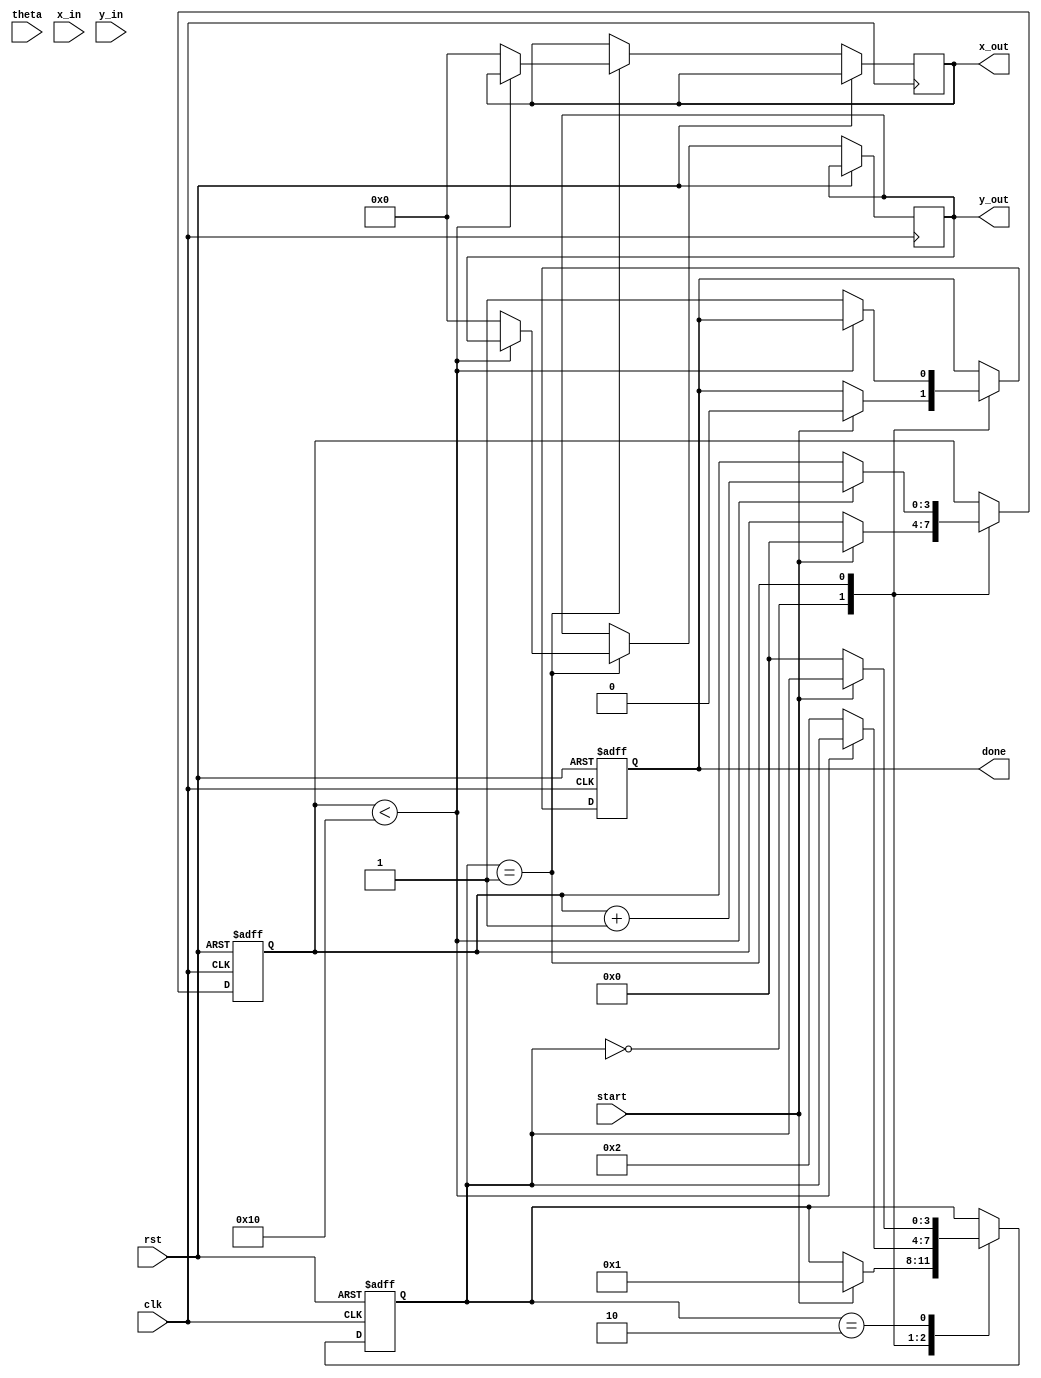
module cordic (
    input wire clk,
    input wire rst,
    input wire start,
    input wire [15:0] theta, // Input angle in fixed-point representation
    input wire [15:0] x_in,   // Input x coordinate
    input wire [15:0] y_in,   // Input y coordinate
    output reg [15:0] x_out,  // Output x coordinate
    output reg [15:0] y_out,  // Output y coordinate
    output reg done           // Completion signal
);

    // Parameters
    parameter N = 16; // Number of iterations
    parameter K = 16'h26DD; // Scaling factor (approx 0.607)

    // Lookup table for atan(2^(-i))
    reg [15:0] atan_lut [0:N-1];
    initial begin
        atan_lut[0] = 16'h2000; // atan(1) = pi/4 in fixed-point
        atan_lut[1] = 16'h1333; // atan(0.5) in fixed-point
        atan_lut[2] = 16'h0A3D; // atan(0.25) in fixed-point
        // Fill in the rest of the LUT as needed...
        // atan_lut[3] = ...
        // ...
    end

    // State machine parameters
    reg [3:0] state;
    reg [3:0] iteration;
    reg [15:0] x, y;
    reg [15:0] z; // Angle accumulator

    // State definitions
    localparam IDLE = 4'b0000,
               CALC = 4'b0001,
               DONE = 4'b0010;

    // Sequential logic
    always @(posedge clk or posedge rst) begin
        if (rst) begin
            state <= IDLE;
            done <= 0;
            iteration <= 0;
            x <= 0;
            y <= 0;
            z <= 0;
        end else begin
            case (state)
                IDLE: begin
                    if (start) begin
                        x <= x_in;
                        y <= y_in;
                        z <= theta;
                        iteration <= 0;
                        done <= 0;
                        state <= CALC;
                    end
                end

                CALC: begin
                    if (iteration < N) begin
                        // CORDIC rotation logic
                        if (z < 0) begin
                            // Rotate clockwise
                            x <= x + (y >>> iteration);
                            y <= y - (x >>> iteration);
                            z <= z + atan_lut[iteration];
                        end else begin
                            // Rotate counter-clockwise
                            x <= x - (y >>> iteration);
                            y <= y + (x >>> iteration);
                            z <= z - atan_lut[iteration];
                        end
                        iteration <= iteration + 1;
                    end else begin
                        // Apply scaling factor
                        x_out <= (x * K) >>> 16; // Scale x
                        y_out <= (y * K) >>> 16; // Scale y
                        done <= 1; // Indicate completion
                        state <= DONE;
                    end
                end

                DONE: begin
                    if (!start) begin
                        state <= IDLE; // Reset state on start signal low
                    end
                end
            endcase
        end
    end
endmodule